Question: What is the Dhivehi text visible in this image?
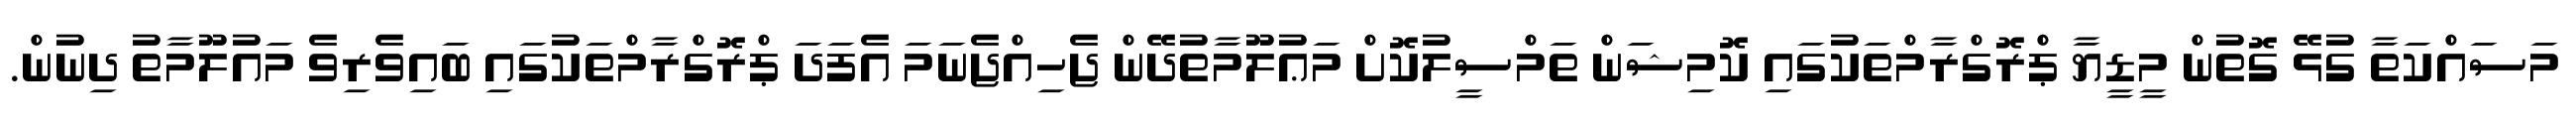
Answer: މަސައްކަތާ ގުޅޭ ގޮތުން މީޑީޔާ ޕްރޮގްރާމްތަކުގައި ކޮމިޝަން ތަމްސީލުކޮށް މަޢުލޫމާތުދޭން ޖެހިއްޖެނަމަ އެފަދަ ޕްރޮގްރާމްތަކުގައި ބައިވެރިވެ މައުލޫމާތު ދިނުން.